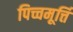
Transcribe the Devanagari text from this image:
पिच्चमूर्त्ति